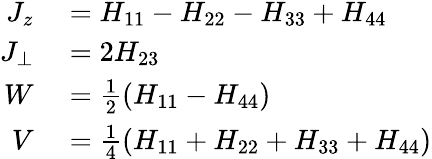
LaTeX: \begin{array}{rl}{J_{z}}&{{}=H_{11}-H_{22}-H_{33}+H_{44}}\\ {J_{\perp}}&{{}=2H_{23}}\\ {W}&{{}=\frac{1}{2}(H_{11}-H_{44})}\\ {V}&{{}=\frac{1}{4}(H_{11}+H_{22}+H_{33}+H_{44})}\end{array}